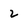
Character: 2